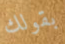
بقولك